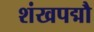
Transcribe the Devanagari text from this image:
शंखपद्मौ